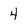
Character: 4